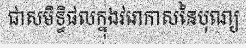
ជាសមិទ្ធិផលក្នុងវរោកាសនៃបុណ្យ